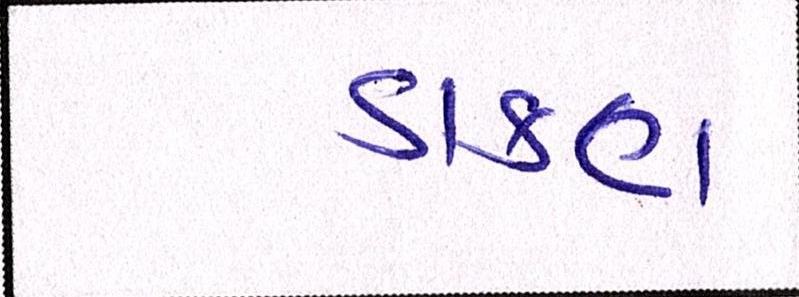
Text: ડાકણ